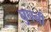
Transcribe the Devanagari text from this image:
घुघनी